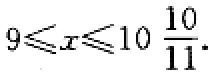
$9\leqslant x\leqslant 10\frac{10}{11}.$